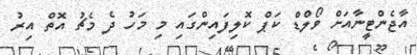
އާޖެންޓީނާއަށް ވޯލްޑް ކަޕް ކޮލިފައިންގައި މި މަހު ދެ މެޗު އޮތް އިރު